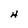
Character: H